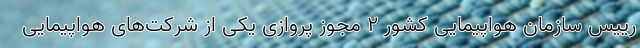
رییس سازمان هواپیمایی کشور ۲ مجوز پروازی یکی از شرکت‌های هواپیمایی